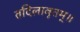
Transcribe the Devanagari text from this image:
तदिलावृतम्॥